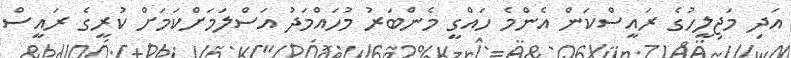
އަދި މަޖިލީހުގެ ރައީސްކަން އެންމެ ހައްގީ މެންބަރު މުހައްމަދު އަސްލަމަށްކަމަށް ކުރީގެ ރައީސް